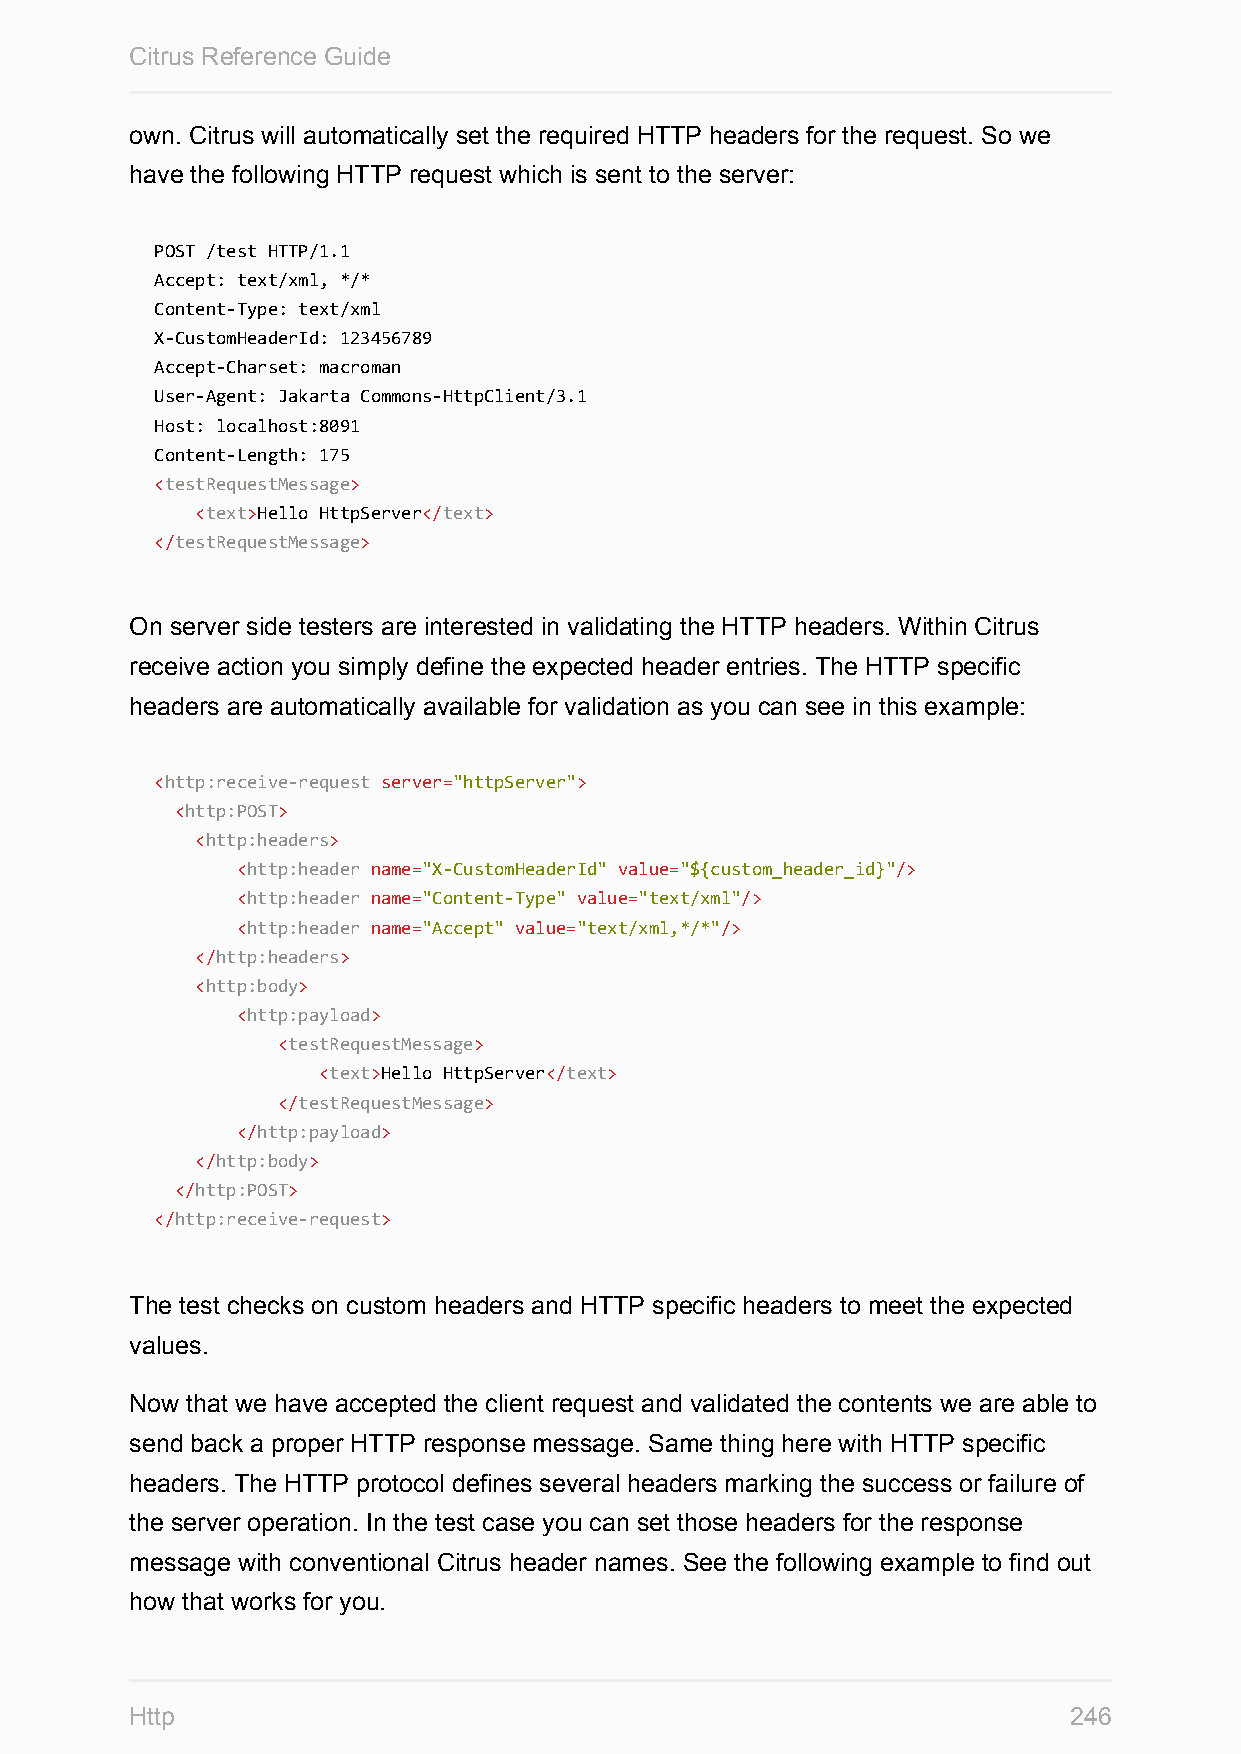
Citrus Reference Guide
 own. Citrus will automatically set the required HTTP headers for the request. So we
 have the following HTTP request which is sent to the server:
 POST /test HTTP/1.1
 Accept: text/xml, */*
 Content-Type: text/xml
 X-CustomHeaderId: 123456789
 Accept-Charset: macroman
 User-Agent: Jakarta Commons-HttpClient/3.1
 Host: localhost:8091
 Content-Length: 175
 <testRequestMessage>
 <text>Hello HttpServer</text>
 </testRequestMessage>
 On server side testers are interested in validating the HTTP headers. Within Citrus
 receive action you simply define the expected header entries. The HTTP specific
 headers are automatically available for validation as you can see in this example:
 <http:receive-request server="httpServer">
 <http:POST>
 <http:headers>
 <http:header name="X-CustomHeaderId" value="${custom_header_id}"/>
 <http:header name="Content-Type" value="text/xml"/>
 <http:header name="Accept" value="text/xml,*/*"/>
 </http:headers>
 <http:body>
 <http:payload>
 <testRequestMessage>
 <text>Hello HttpServer</text>
 </testRequestMessage>
 </http:payload>
 </http:body>
 </http:POST>
 </http:receive-request>
 The test checks on custom headers and HTTP specific headers to meet the expected
 values.
 Now that we have accepted the client request and validated the contents we are able to
 send back a proper HTTP response message. Same thing here with HTTP specific
 headers. The HTTP protocol defines several headers marking the success or failure of
 the server operation. In the test case you can set those headers for the response
 message with conventional Citrus header names. See the following example to find out
 how that works for you.
 Http                                                          246